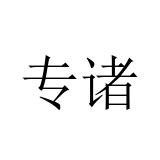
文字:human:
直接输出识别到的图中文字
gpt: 专诸